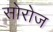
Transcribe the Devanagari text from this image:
सोरोज